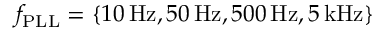
f _ { \mathrm { P L L } } = \{ 1 0 \, \mathrm { H z } , 5 0 \, \mathrm { H z } , 5 0 0 \, \mathrm { H z } , 5 \, \mathrm { k H z } \}